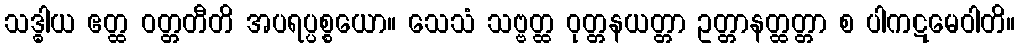
သဒ္ဓါယ ဧတ္ထ ဝတ္တတီတိ အပရပ္ပစ္စယော။ သေသံ သဗ္ဗတ္ထ ဝုတ္တနယတ္တာ ဥတ္တာနတ္ထတ္တာ စ ပါကဋမေဝါတိ။